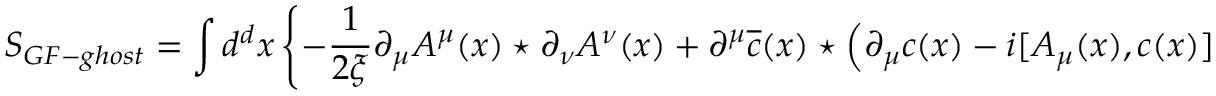
S _ { G F - g h o s t } = \int d ^ { d } x \left\{ - \frac { 1 } { 2 \xi } \partial _ { \mu } A ^ { \mu } ( x ) \star \partial _ { \nu } A ^ { \nu } ( x ) + \partial ^ { \mu } \overline { { { c } } } ( x ) \star \left( \partial _ { \mu } c ( x ) - i [ A _ { \mu } ( x ) , c ( x ) ] _ { M } \right) \right\}